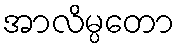
အာလိမ္ပတော